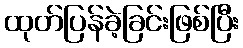
ထုတ်ပြန်ခဲ့ခြင်းဖြစ်ပြီး